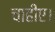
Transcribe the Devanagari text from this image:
चाहीए।